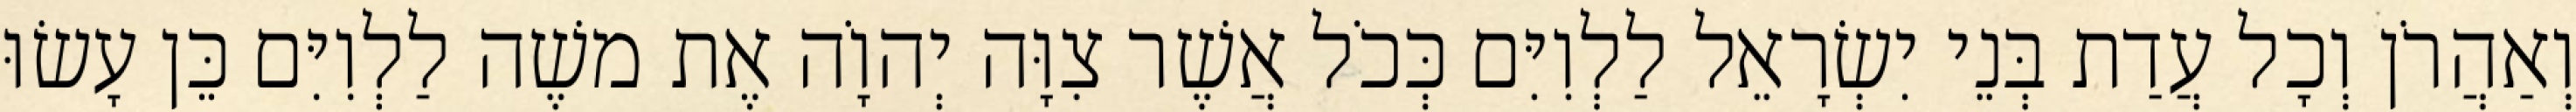
וְאַהֲרֹן וְכָל עֲדַת בְּנֵי יִשְׂרָאֵל לַלְוִיִּם כְּכֹל אֲשֶׁר צִוָּה יְהוָֹה אֶת משֶׁה לַלְוִיִּם כֵּן עָשׂוּ